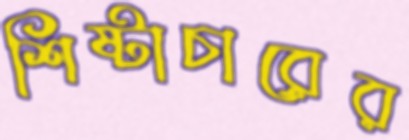
শিষ্টাচারের